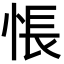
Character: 悵